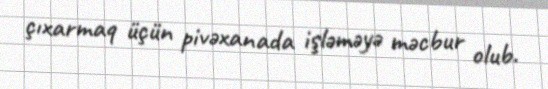
çıxarmaq üçün pivəxanada işləməyə məcbur olub.